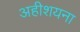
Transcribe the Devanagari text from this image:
अहीशयना